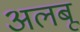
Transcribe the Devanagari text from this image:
अलबू